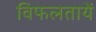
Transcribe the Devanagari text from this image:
विफलतायें